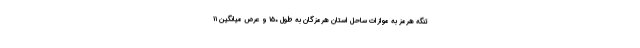
تنگه هرمز به موازات ساحل استان هرمزگان به طول ۱۵۰ و عرض میانگین ۱۱